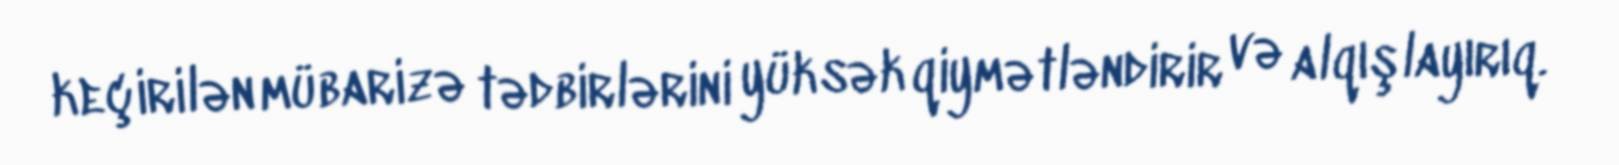
keçirilən mübarizə tədbirlərini yüksək qiymətləndirir və alqışlayırıq.